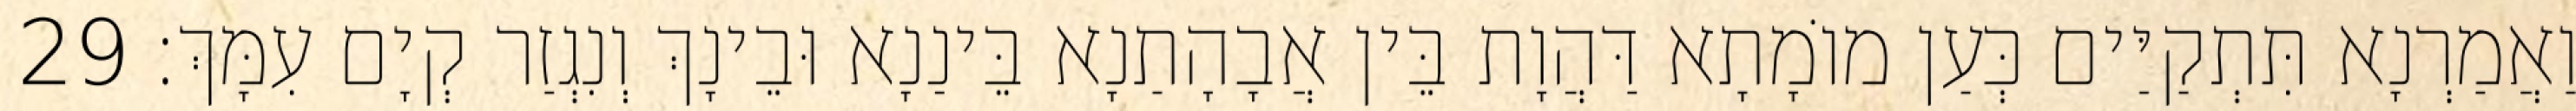
וַאֲמַרְנָא תִּתְקַיַּים כְּעַן מוֹמָתָא דַּהֲוָת בֵּין אֲבָהָתַנָא בֵּינַנָא וּבֵינָךְ וְנִגְזַר קְיָם עִמָּךְ׃ 29